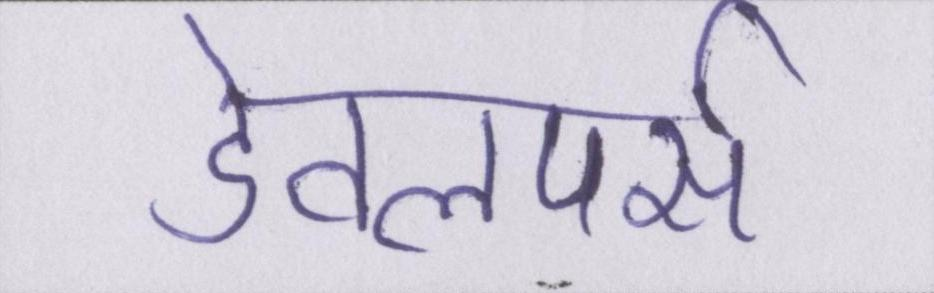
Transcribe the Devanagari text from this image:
डेवलपर्स